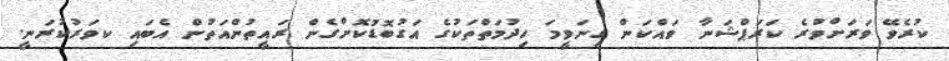
ކުރެވޭ ވަރަށްވުރެ ކަރަޕްޝަނާ ވައްކަން ގިނަވީމަ ހިދުމަތްތަކުގެ އަގުބޮޑުކޮށްގެން ރައީތުންއަތުން އެބައި ކވަރުކުރަނީ.